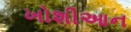
ખોશીઆન